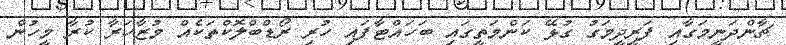
ޗާންދަނީމަގާއި ފަރީދީމަގު ގުޅޭ ކަންމަތީގައި ބަހައްޓާފައި ހުރި ރޯޑްބްލޮކްތަކެއް މުޒާހަރާ ކުރާ މީހުން